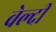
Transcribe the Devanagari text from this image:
वेल्दी